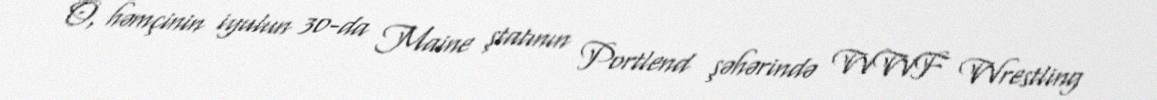
O, həmçinin iyulun 30-da Maine ştatının Portlend şəhərində WWF Wrestling